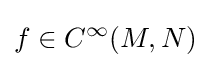
f\in C^{\infty }(M,N)